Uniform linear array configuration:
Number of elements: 16
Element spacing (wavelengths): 0.25
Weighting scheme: uniform
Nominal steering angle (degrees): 60
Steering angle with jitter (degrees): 60.199
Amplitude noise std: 0.05
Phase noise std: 0.05

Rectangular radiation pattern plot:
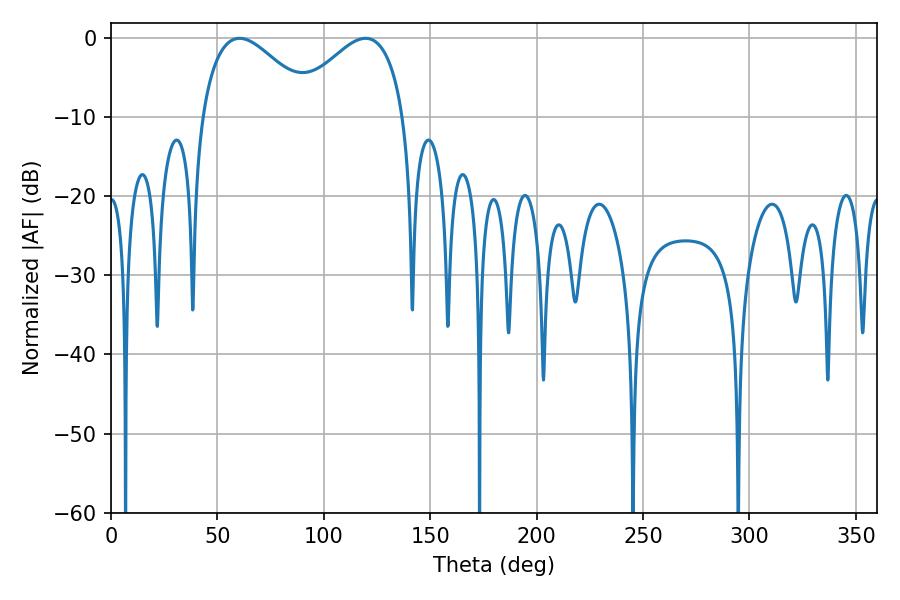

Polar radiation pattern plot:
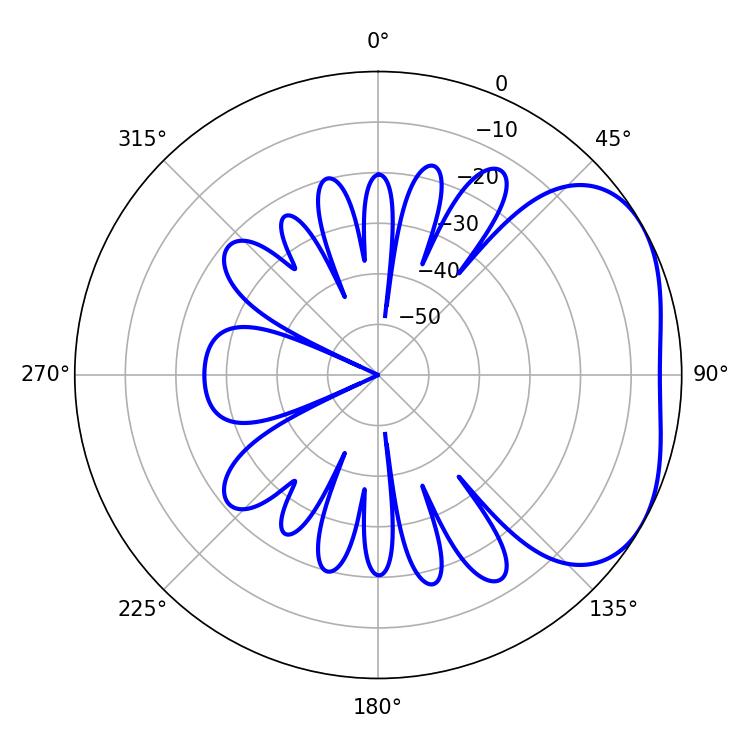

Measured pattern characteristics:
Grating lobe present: FALSE
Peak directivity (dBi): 3.321
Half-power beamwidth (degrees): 28.98
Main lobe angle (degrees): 60.48